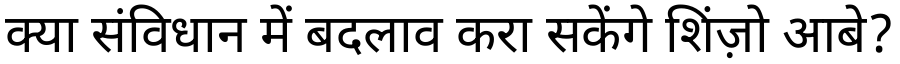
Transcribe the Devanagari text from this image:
क्या संविधान में बदलाव करा सकेंगे शिंज़ो आबे?